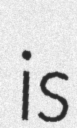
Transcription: is